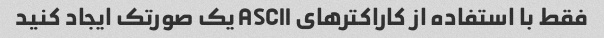
فقط با استفاده از کاراکترهای ASCII یک صورتک ایجاد کنید